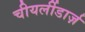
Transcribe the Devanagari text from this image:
चीयर्लीडार्ज़